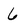
Character: 6